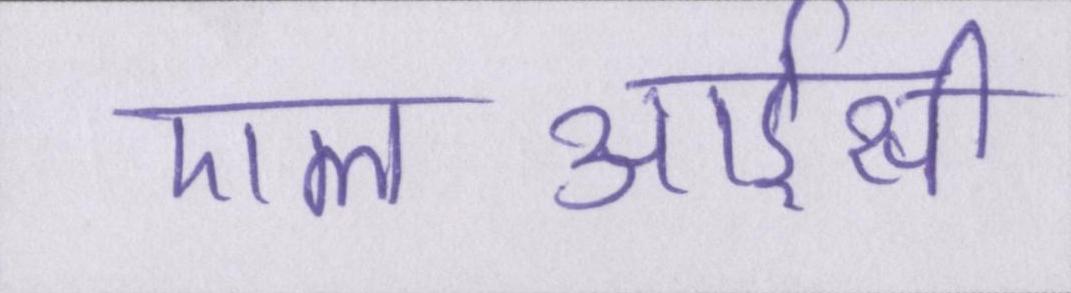
एलआईसी